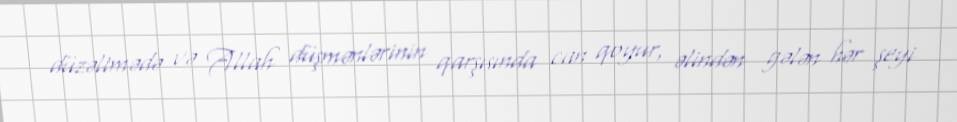
düzəltmədə və Allah düşmənlərinin qarşısında can qoyur, əlindən gələn hər şeyi